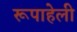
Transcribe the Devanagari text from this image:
रूपाहेली